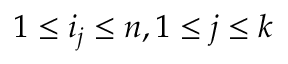
1 \leq i _ { j } \leq n , 1 \leq j \leq k